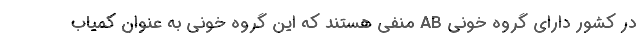
در کشور دارای گروه خونی AB منفی هستند که این گروه خونی به عنوان کمیاب